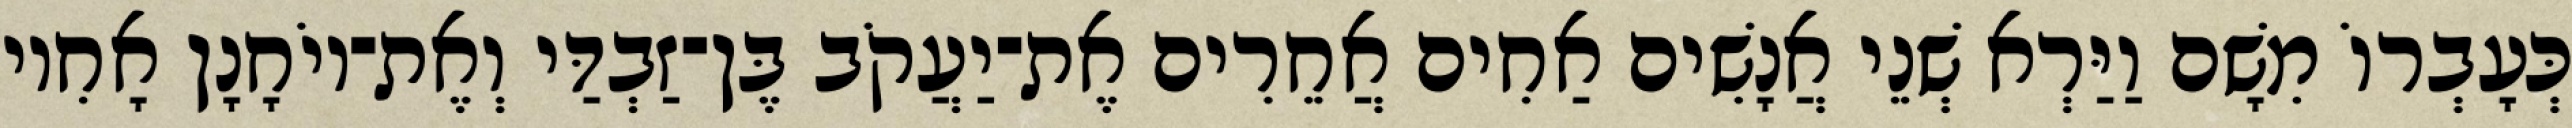
כְּעָבְרוֹ מִשָׁם וַיַּרְא שְׁנֵי אֲנָשִׁים אַחִים אֲחֵרִים אֶת־יַעֲקֹב בֶּן־זַבְדַּי וְאֶת־יוֹחָנָן אָחִיו